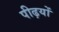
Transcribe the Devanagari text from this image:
पीढ़यों